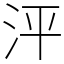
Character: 泙